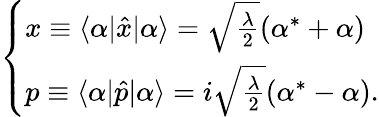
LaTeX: \begin{array}{r}{\left\{ \begin{array}{lll}{x\equiv\langle\alpha|\hat{x}|\alpha\rangle=\sqrt{\frac{\lambda}{2}}(\alpha^{*}+\alpha)}\\ {p\equiv\langle\alpha|\hat{p}|\alpha\rangle=i\sqrt{\frac{\lambda}{2}}(\alpha^{*}-\alpha).}\end{array}\right.}\end{array}